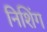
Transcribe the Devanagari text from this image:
निशिंग